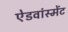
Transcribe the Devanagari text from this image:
ऐडवांस्मेंट